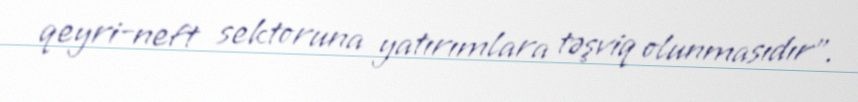
qeyri-neft sektoruna yatırımlara təşviq olunmasıdır”.